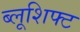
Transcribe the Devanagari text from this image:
ब्लूशिफ्ट